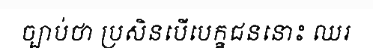
ច្បាប់ថា ប្រសិនបើបេក្ខជននោះ ឈរ